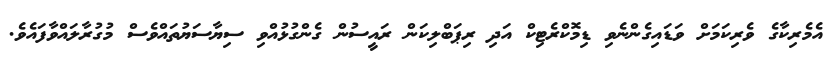
އެމެރިކާގެ ވެރިކަމަށް ވަޑައިގެންނެވި ޑިމޮކްރެޓިކް އަދި ރިޕަބްލިކަން ރައީސުން ގެންގުޅުއްވި ސިޔާސަޔުތައްވެސް މުގުރާލައްވާފައެވެ.